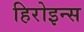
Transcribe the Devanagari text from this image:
हिरोइन्स